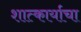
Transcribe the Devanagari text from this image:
शात्कार्याचा